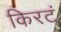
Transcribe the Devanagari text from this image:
किरटं